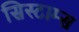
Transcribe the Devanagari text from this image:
सिस्टाम्स